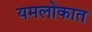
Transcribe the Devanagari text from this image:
यमलोकात